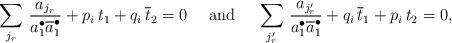
LaTeX: \begin{align*} \aligned \sum_{j_r}\,\frac{a_{j_r}}{a_1^\bullet\overline a_1^\bullet}+p_i\,t_1+q_i\,\overline t_2=0 \ \ \ \ {\rm and} \ \ \ \ \sum_{j'_r}\,\frac{a_{j'_r}}{a_1^\bullet\overline a_1^\bullet}+q_i\,\overline t_1+p_i\,t_2=0, \endaligned \end{align*}